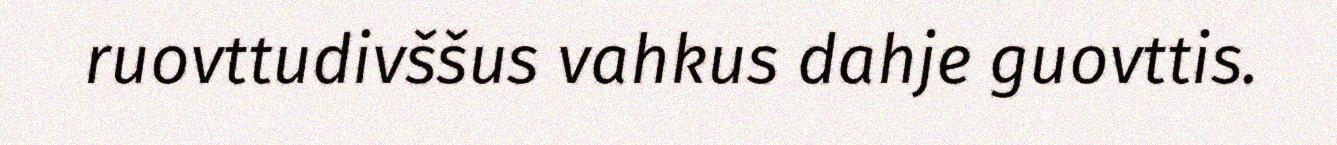
ruovttudivššus vahkus dahje guovttis.